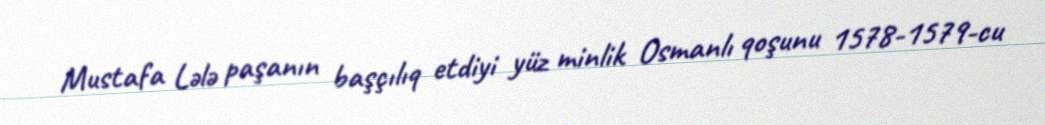
Mustafa Lələ paşanın başçılıq etdiyi yüz minlik Osmanlı qoşunu 1578-1579-cu